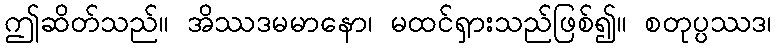
ဤဆိတ်သည်။ အိဿဒမမာနော၊ မထင်ရှားသည်ဖြစ်၍။ စတုပ္ပဿဒ၊